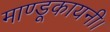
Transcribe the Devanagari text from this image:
माण्डूकायनी।